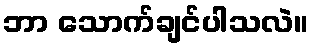
ဘာ သောက်ချင်ပါသလဲ။